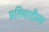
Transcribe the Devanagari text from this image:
प्रतिवादीला